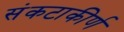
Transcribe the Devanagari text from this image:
संकटाकीर्ण